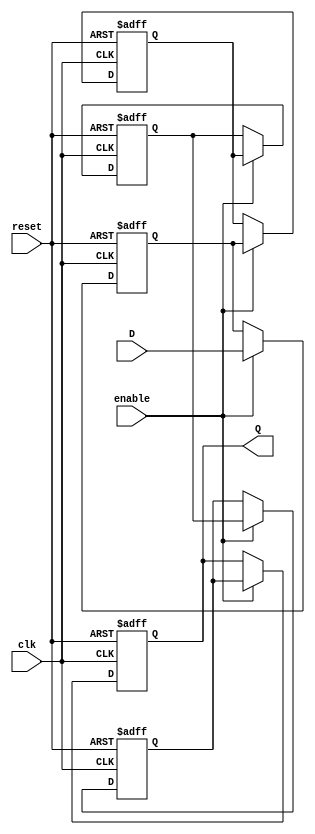
module multistage_register #(parameter N = 4, parameter WIDTH = 8) (
    input wire clk,                // Clock signal
    input wire reset,              // Asynchronous reset signal
    input wire enable,             // Enable signal
    input wire [WIDTH-1:0] D,      // Data input
    output reg [WIDTH-1:0] Q       // Data output
);

    // Internal register array to hold the stages
    reg [WIDTH-1:0] stages [0:N-1];

    integer i;

    // Asynchronous reset and clocking behavior
    always @(posedge clk or posedge reset) begin
        if (reset) begin
            // Reset all stages to zero
            for (i = 0; i < N; i = i + 1) begin
                stages[i] <= 0;
            end
            Q <= 0; // Output also reset
        end else if (enable) begin
            // Shift data through stages
            stages[0] <= D; // First stage captures input data
            for (i = 1; i < N; i = i + 1) begin
                stages[i] <= stages[i-1]; // Shift data to the next stage
            end
            Q <= stages[N-1]; // Output is the last stage
        end
    end

endmodule